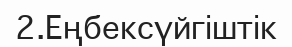
2.Еңбексүйгіштік